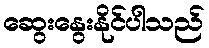
ဆွေးနွေးနိုင်ပါသည်